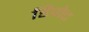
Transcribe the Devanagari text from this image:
डिपोट